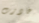
غادرت